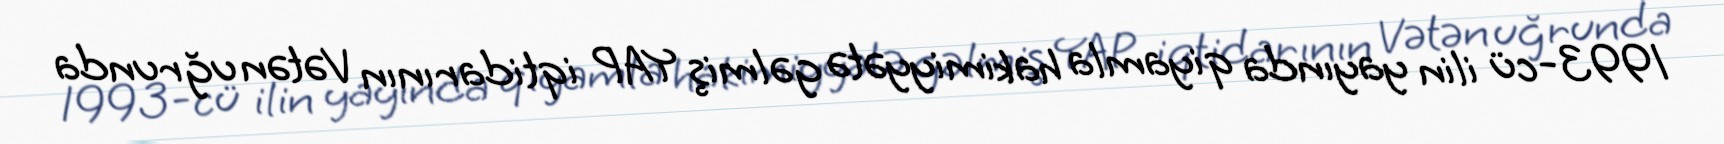
1993-cü ilin yayında qiyamla hakimiyyətə gəlmiş YAP iqtidarının Vətən uğrunda